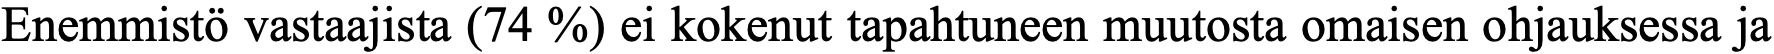
Enemmistö vastaajista (74 %) ei kokenut tapahtuneen muutosta omaisen ohjauksessa ja